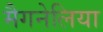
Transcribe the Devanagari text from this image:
मैगनेलिया